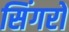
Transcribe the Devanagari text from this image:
सिंगरों